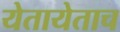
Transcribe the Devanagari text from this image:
येतायेताच